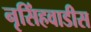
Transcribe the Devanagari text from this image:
नृसिंहवाडीस